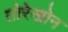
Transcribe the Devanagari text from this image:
तोरेखोन